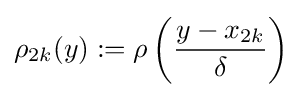
\rho _{2k}(y):=\rho \left({\frac {y-x_{2k}}{\delta }}\right)